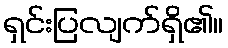
ရှင်းပြလျက်ရှိ၏။